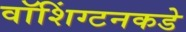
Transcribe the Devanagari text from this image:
वॉशिंग्टनकडे